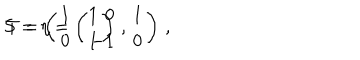
S = \eta = \left( \begin{array} { r c } { { 0 } } & { { 1 } } \\ { { - 1 } } & { { 0 } } \\ \end{array} \right) \, , \hspace { 1 c m } T = \left( \begin{array} { c c } { { 1 } } & { { 1 } } \\ { { 0 } } & { { 1 } } \\ \end{array} \right) \, ,